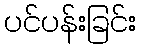
ပင်ပန်းခြင်း